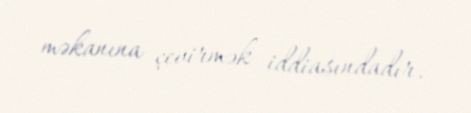
məkanına çevirmək iddiasındadır.